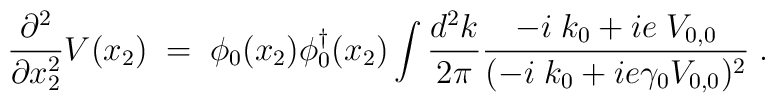
\frac{\partial^2}{\partial x_2^2}V(x_2)\;=\; \phi_0(x_2)\phi^{\dagger}_0(x_2) \int \frac{d^2k}{2\pi}\frac{-i\;k_0+ie\;V_{0,0}}{(-i\;k_0+ie \gamma_0 V_{0,0})^2}\;.